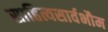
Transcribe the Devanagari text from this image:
साहित्यसार्वभौम